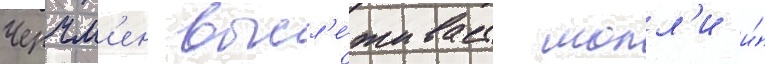
Черчм'ен высл'е́живает молл'и и́